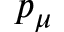
p _ { \mu }